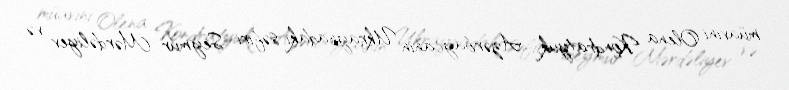
müavini Olena Kondratyuk, Azərbaycanın Ukraynadakı səfiri Seymur Mərdəliyev və